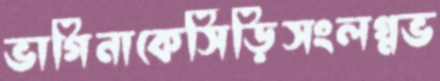
ভাগিনাকেসিঁড়িসংলগ্নভ